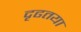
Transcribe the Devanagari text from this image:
दृढतया